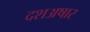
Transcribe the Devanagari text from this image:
दशअषार